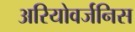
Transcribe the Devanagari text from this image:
अरियोवर्जनिस